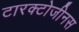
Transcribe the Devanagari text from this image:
टारक्टोजीनस